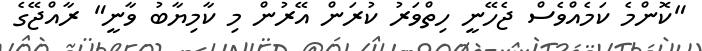
"ކޮންމެ ކަމެއްވެސް ޖެހޭނީ ހިތްވަރު ކުރަން އޭރުން މި ކާމިޔާބު ވާނީ" ރާއްޖޭގެ